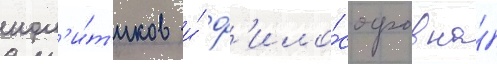
пол'и́т'иков и́ ф'ило́софов на́